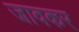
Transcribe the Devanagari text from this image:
जावकर